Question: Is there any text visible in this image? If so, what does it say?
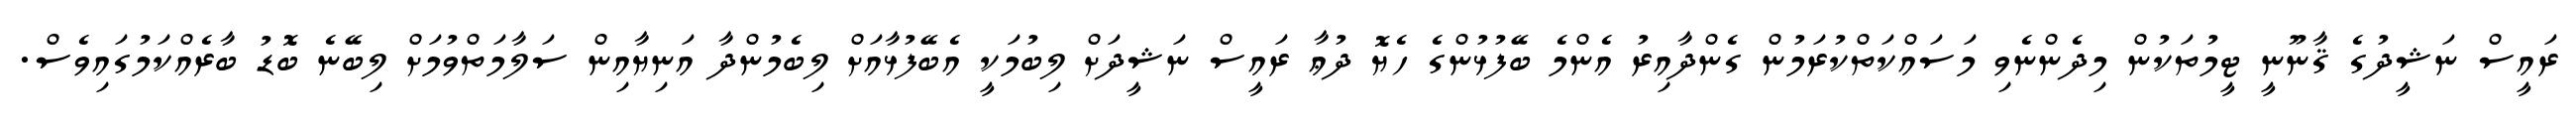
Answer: ރައީސް ނަޝީދުގެ ޤާނޫނީ ޓީމުތަކުން މިދެންނެވި މަސައްކަތްކުރަމުން ގެންދާއިރު އެންމެ ބޭފުޅުންގެ ހެޔޮ ދުޢާ ރައީސް ނަޝީދަށް ލިބުމަކީ އެބޭފުޅާއަށް ލިބެމުންދާ އަނިޔާއިން ސަލާމަތްވުމަށް ލިބޭނެ ބޮޑު ބާރެއްކަމުގައިވެސް.